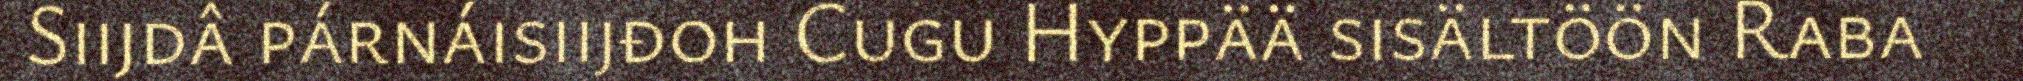
Siijdâ párnáisiijđoh Cugu Hyppää sisältöön Raba